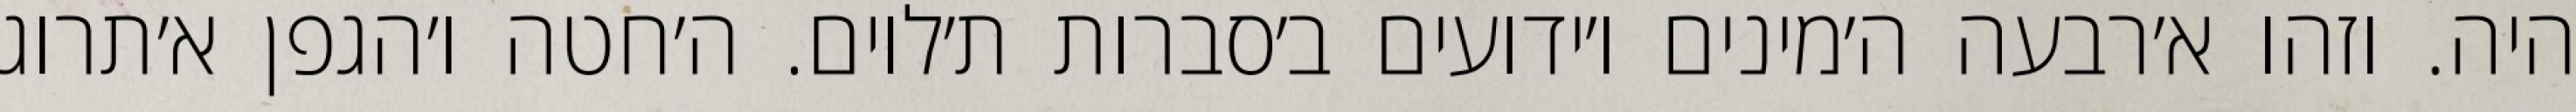
היה. וזהו א׳רבעה ה׳מינים ו׳ידועים ב׳סברות ת׳לוים. ה׳חטה ו׳הגפן א׳תרוג